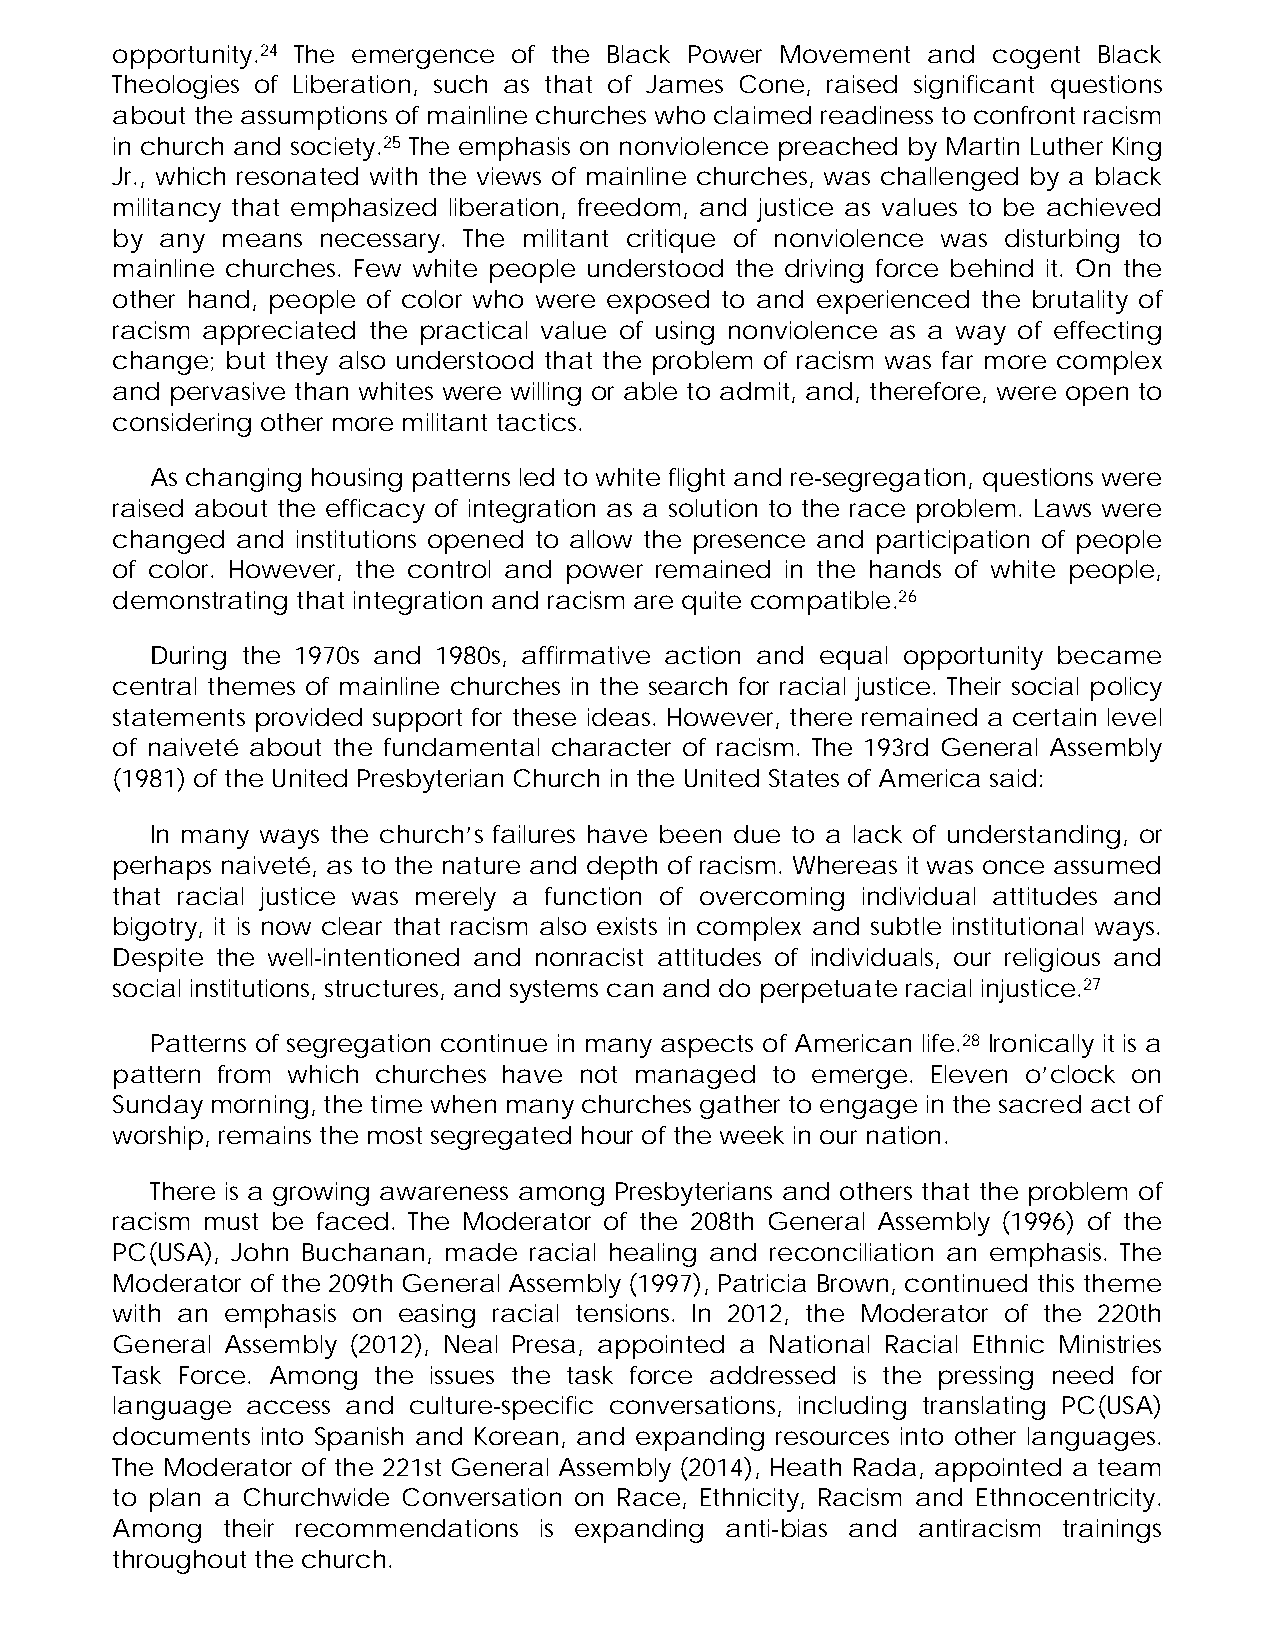
opportunity.24 The emergence of the Black Power Movement and cogent Black
 Theologies of Liberation, such as that of James Cone, raised significant questions
 about the assumptions of mainline churches who claimed readiness to confront racism
 in church and society.25 The emphasis on nonviolence preached by Martin Luther King
 Jr., which resonated with the views of mainline churches, was challenged by a black
 militancy that emphasized liberation, freedom, and justice as values to be achieved
 by  any means necessary. The militant critique of nonviolence was disturbing to
 mainline churches. Few white people understood the driving force behind it. On the
 other hand, people of color who were exposed to and experienced the brutality of
 racism appreciated the practical value of using nonviolence as a way of effecting
 change; but they also understood that the problem of racism was far more complex
 and pervasive than whites were willing or able to admit, and, therefore, were open to
 considering other more militant tactics.
 As changing housing patterns led to white flight and re-segregation, questions were
 raised about the efficacy of integration as a solution to the race problem. Laws were
 changed  and institutions opened to allow the presence and participation of people
 of color. However, the control and power remained in the hands of white people,
 demonstrating that integration and racism are quite compatible.26
 During the 1970s and 1980s, affirmative action and equal opportunity became
 central themes of mainline churches in the search for racial justice. Their social policy
 statements provided support for these ideas. However, there remained a certain level
 of naiveté about the fundamental character of racism. The 193rd General Assembly
 (1981) of the United Presbyterian Church in the United States of America said:
 In many ways the church’s failures have been due to a lack of understanding, or
 perhaps naiveté, as to the nature and depth of racism. Whereas it was once assumed
 that racial justice was merely a function of overcoming individual attitudes and
 bigotry, it is now clear that racism also exists in complex and subtle institutional ways.
 Despite the well-intentioned and nonracist attitudes of individuals, our religious and
 social institutions, structures, and systems can and do perpetuate racial injustice.27
 Patterns of segregation continue in many aspects of American life.28 Ironically it is a
 pattern from which churches have not managed to emerge. Eleven o’clock on
 Sunday morning, the time when many churches gather to engage in the sacred act of
 worship, remains the most segregated hour of the week in our nation.
 There is a growing awareness among Presbyterians and others that the problem of
 racism must be faced. The Moderator of the 208th General Assembly (1996) of the
 PC(USA), John Buchanan, made racial healing and reconciliation an emphasis. The
 Moderator of the 209th General Assembly (1997), Patricia Brown, continued this theme
 with an emphasis on easing racial tensions. In 2012, the Moderator of the 220th
 General Assembly (2012), Neal Presa, appointed a National Racial Ethnic Ministries
 Task Force. Among the issues the task force addressed is the pressing need for
 language access and culture-specific conversations, including translating PC(USA)
 documents into Spanish and Korean, and expanding resources into other languages.
 The Moderator of the 221st General Assembly (2014), Heath Rada, appointed a team
 to plan a Churchwide Conversation on Race, Ethnicity, Racism and Ethnocentricity.
 Among   their recommendations is expanding anti-bias and antiracism trainings
 throughout the church.